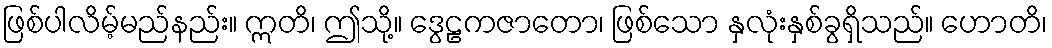
ဖြစ်ပါလိမ့်မည်နည်း။ ဣတိ၊ ဤသို့။ ဒွေဠကဇာတော၊ ဖြစ်သော နှလုံးနှစ်ခွရှိသည်။ ဟောတိ၊